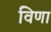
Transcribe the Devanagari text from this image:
विणा